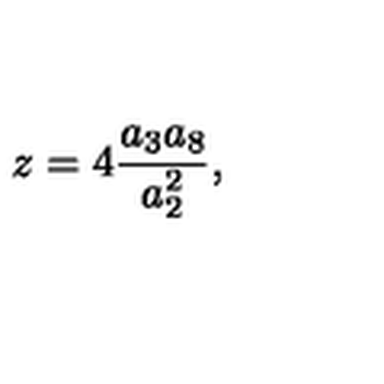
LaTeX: z = 4 \frac { a _ { 3 } a _ { 8 } } { a _ { 2 } ^ { 2 } } ,